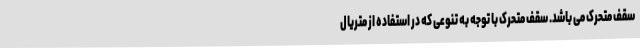
سقف متحرک می باشد. سقف متحرک با توجه به تنوعی که در استفاده از متریال